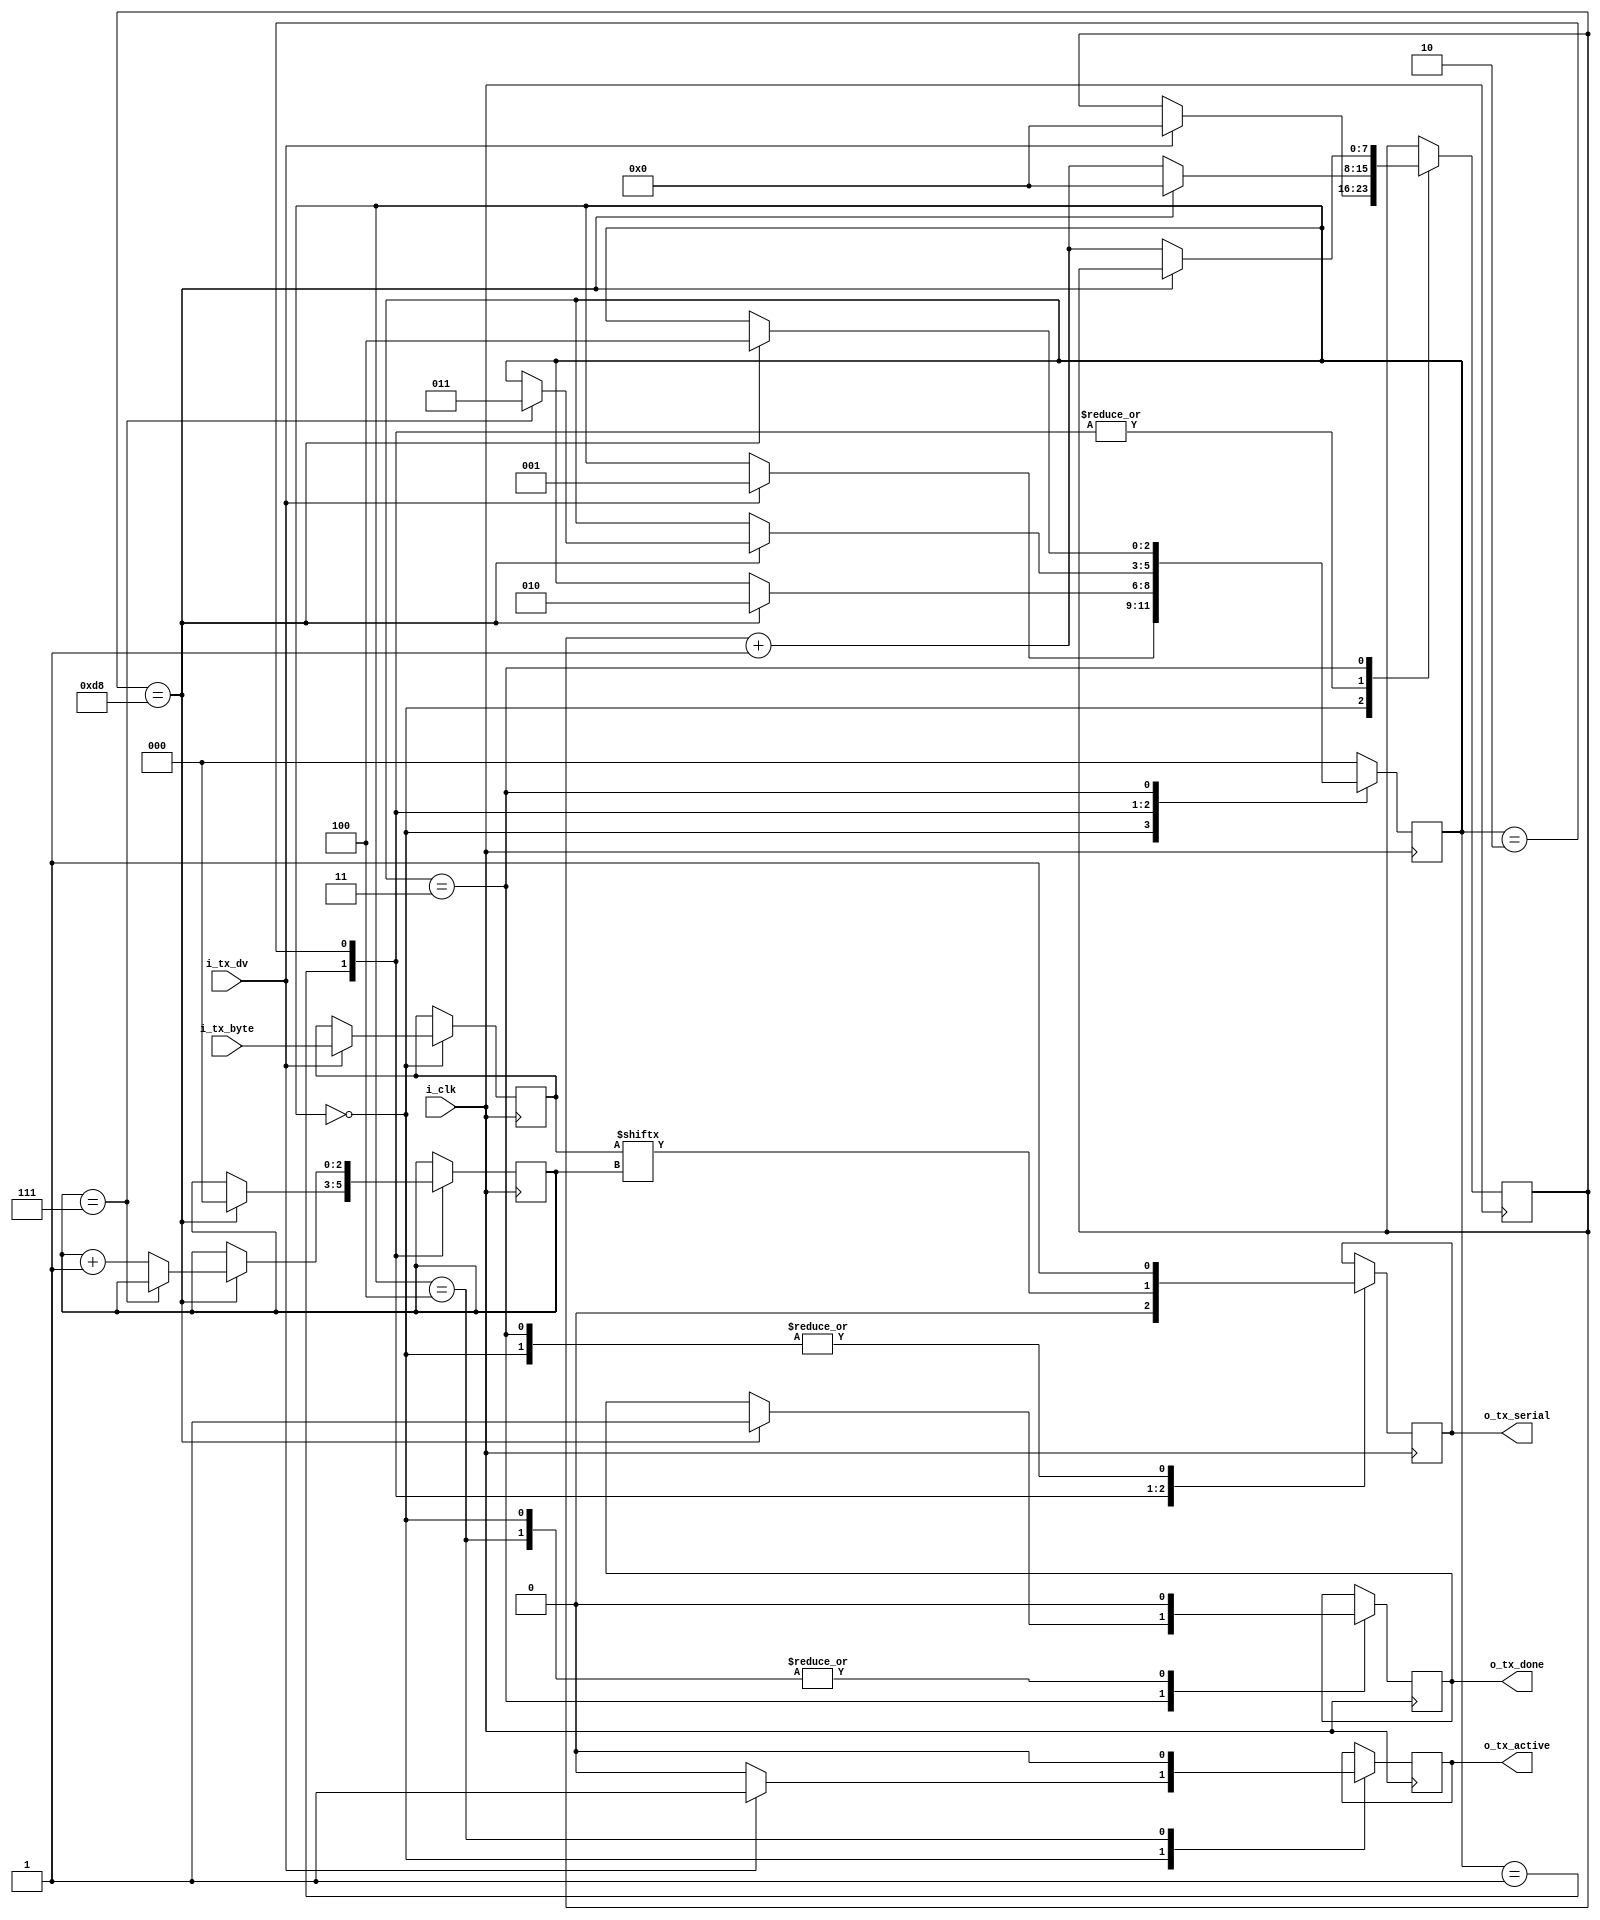
module uart_send
  #(
    parameter CLKS_PER_BIT = 217
  )
  (
    input i_clk,				// 25 MHz
    input [7:0] i_tx_byte,		// incoming byte to transmit
    input i_tx_dv,				// set to 1 to start transition
    output o_tx_active,			// active while transmitting
    output o_tx_serial,			// serial signal
    output o_tx_done  			// set to 1 at time when transmission finishes
  );

  reg [7:0] r_tx_byte;			// cache byte that we are sending
  reg r_tx_active;				// set to 1 while transmitting
  reg r_tx_done;
  reg r_tx_serial;
  reg [2:0] r_bit_index;
  reg [7:0] r_counter;
  
  localparam STATE_IDLE = 0;
  localparam STATE_STARTBIT = 1;
  localparam STATE_DATABITS = 2;
  localparam STATE_STOPBIT = 3;
  localparam STATE_CLEANUP = 4;
  
  reg [2:0] state;
  
  always @(posedge i_clk)
  	begin
      case (state)
        STATE_IDLE :
          begin
            r_tx_done <= 0;
            r_tx_active <= 0;
            r_tx_serial <= 1;

            if (i_tx_dv) 
              begin
                // start transmission
                // cache byte that will be transmitted
                r_tx_byte[7:0] <= i_tx_byte[7:0];
                
                // report that tx is active
                r_tx_active <= 1;
                
                // transition to STARTBIT state
                r_counter <= 0;
                state <= STATE_STARTBIT;
              end
          end
        STATE_STARTBIT :
          begin
            r_tx_serial <= 0;

            if (r_counter == (CLKS_PER_BIT-1)) 
              begin
                // STARTBIT has finished
                
                // prepare to send bit 0
                r_bit_index <= 0;
                
                // transition to DATABITS state
                r_counter <= 0;
                state <= STATE_DATABITS;                
              end
            else
              begin
                r_counter <= r_counter + 1;
              end
          end
        STATE_DATABITS :
          begin
            r_tx_serial <= r_tx_byte[r_bit_index];

            if (r_counter == (CLKS_PER_BIT-1)) 
              begin
                // current bit has finished transmission
                r_counter <= 0;
                
                if (r_bit_index == 7)
                  begin
                    // finished transmitting the last bit
                    
                    // transition to STOPBIT state
                    state <= STATE_STOPBIT;
                  end
                else
                  begin
                    // start transmitting the next bit
                   	r_bit_index <= r_bit_index + 1;
                  end
              end
            else
              begin
                r_counter <= r_counter + 1;
              end
          end
        STATE_STOPBIT :
          begin
            r_tx_serial <= 1;
            
            if (r_counter == (CLKS_PER_BIT-1))
              begin
                // finished transmitting the stopbit
                
                //  output 'tx_done' for a single clock cycle
                r_tx_done <= 1;
                
                // transition to CLEANUP state
                state <= STATE_CLEANUP;
              end
            else
              begin
                r_counter <= r_counter + 1;
              end
          end
        STATE_CLEANUP :
          begin
            // finish writing 'tx_done' flag
            r_tx_done <= 0;
            
            // finish writing 'tx_active' flag
            r_tx_active <= 0;
            
            // transition back to 'IDLE' state
            state <= STATE_IDLE;
          end
        default :
          begin
            state <= STATE_IDLE;
          end
      endcase
    end  
  
  assign o_tx_active = r_tx_active;
  assign o_tx_done = r_tx_done;
  assign o_tx_serial = r_tx_serial;
  
endmodule